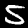
Digit: 5